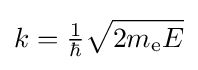
k={\tfrac {1}{\hbar }}{\sqrt {2m_{\text{e}}E}}